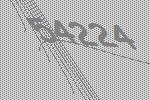
54224